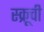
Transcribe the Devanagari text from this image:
स्क्रूची